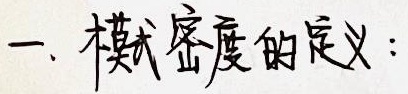
一、模式密度的定义：